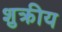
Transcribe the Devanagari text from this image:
शुक्रीय